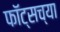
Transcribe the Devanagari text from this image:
फॉट्सच्या